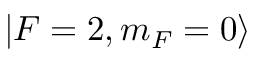
| F = 2 , m _ { F } = 0 \rangle